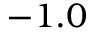
- 1 . 0